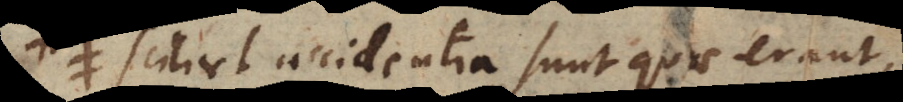
scilicet accidentia sunt quae erant,